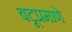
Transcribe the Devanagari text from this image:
बटूप्रमाणे